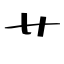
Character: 艹